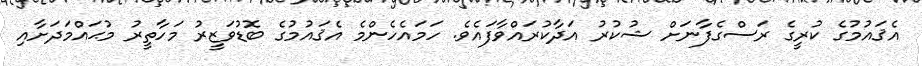
އެޤައުމުގެ ކުރީގެ ރަސްގެފާނަށް ޝުކުރު އަދާކުރައްވާފައެވެ. ހަމައެހެންމެ އެޤައުމުގެ ބޮޑުވަޒީރު މަހާތީރު މުޙައްމަދަށާއި